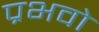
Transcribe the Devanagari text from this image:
प्रभवो